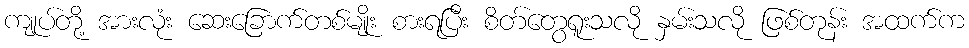
ကျုပ်တို့ အားလုံး ဆေးခြောက်တစ်မျိုး စားရပြီး စိတ်တွေရူးသလို နှမ်းသလို ဖြစ်တုန်း အထက်က